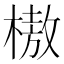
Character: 𰘗